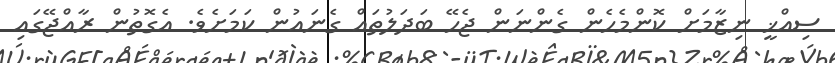
ސިއްޚީ ނިޒާމަށް ކޮންމެހެން ގެންނަން ޖެހޭ ބަދަލުތައް ގެނައުން ކަމަށެވެ. އެގޮތުން ރާއްޖޭގައި